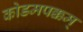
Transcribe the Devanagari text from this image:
कोडमपक्कम्